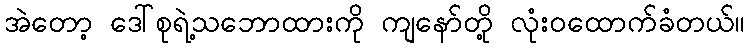
အဲတော့ ဒေါ်စုရဲ့သဘောထားကို ကျနော်တို့ လုံးဝထောက်ခံတယ်။